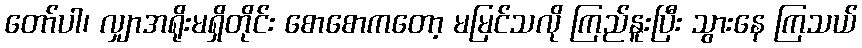
တော်ပါ၊ လျှာအရိုးမရှိတိုင်း စောစောကတော့ မမြင်သလို ကြည်နူးပြီး သွားနေ ကြသယ်